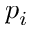
p _ { i }